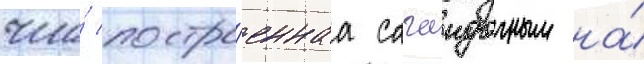
что́ постро́еннаа сагаидачным на́